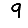
Digit: 9